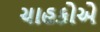
ચાહકોએ